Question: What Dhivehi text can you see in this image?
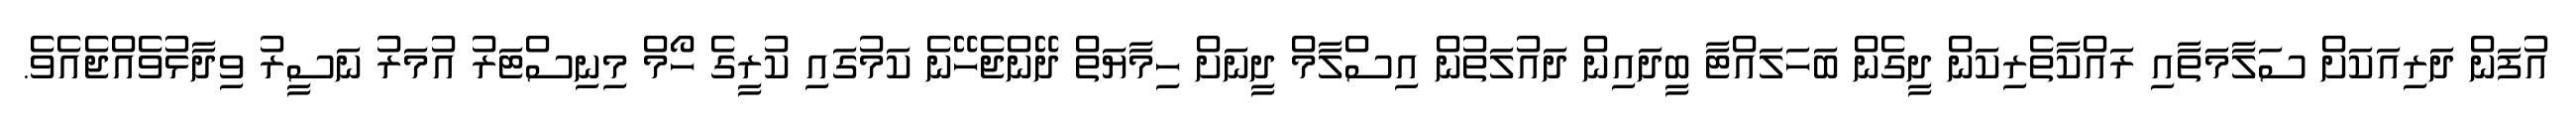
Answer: އުފަން ދަރިއަކަށް ސަލާމަތާއި ރައްކާތެރިކަން ދީގެން ބަހަލައްޓާ ބީދައިން ދައުލަތުން އިސްލާމް ދީނަށް ހިމާޔަތް ދޭންޖެހޭނެ ކަމުގައި ކުރީގެ ހޯމް މިނިސްޓަރު އުމަރު ނަސީރު ވިދާޅުވެއްޖެއެވެ.